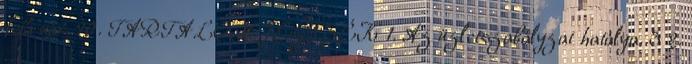
február 20. TARTALOMJEGYZÉK 1. Az üzletszabályzat hatálya. 3 2.